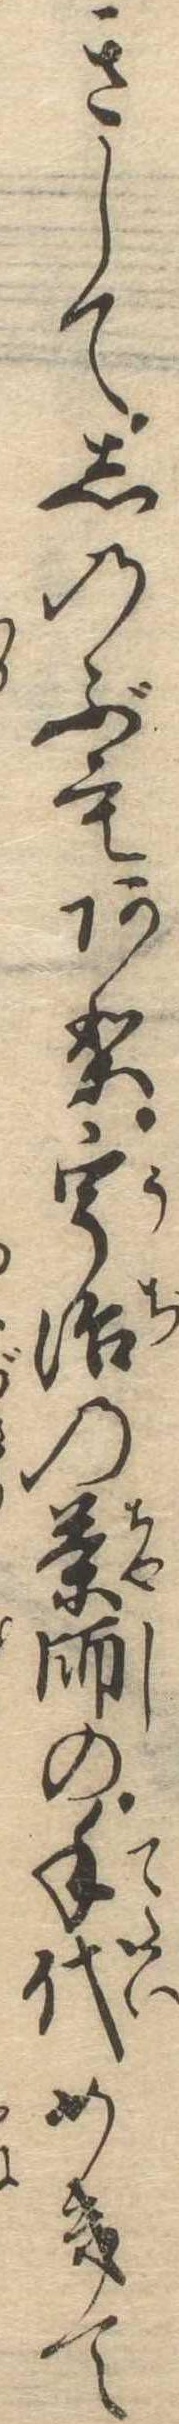
きしてしのぶもあり宇治の茶師の手代めきて